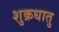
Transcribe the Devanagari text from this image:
शुक्रधातु